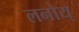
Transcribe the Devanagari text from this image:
लनोय्